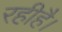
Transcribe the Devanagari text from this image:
रहीहै।